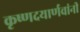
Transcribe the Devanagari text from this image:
कृष्णदयार्णवांनी